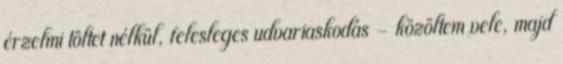
érzelmi töltet nélkül, felesleges udvariaskodás - közöltem vele, majd